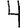
Digit: 4